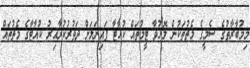
މިމުބާރާތުގެ ސެމީގެ މެޗުތަކުން މޮޅުވާ ޓީމުތައް ކުއާޓާ ފައިނަލަށް ދަތުރުކުރާއިރު ކުއާޓާގެ މެޗުތައް